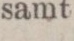
samt